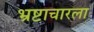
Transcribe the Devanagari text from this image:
भ्रष्टाचारला